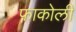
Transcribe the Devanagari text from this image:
फाकोली